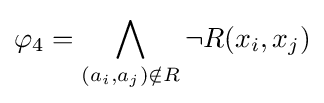
\varphi _{4}=\bigwedge _{(a_{i},a_{j})\notin R}\neg R(x_{i},x_{j})